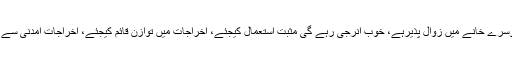
سیارہ عطارد دوسرے خانے میں زوال پذیرہے، خوب انرجی رہے گی مثبت استعمال کیجئے، اخراجات میں توازن قائم کیجئے، اخراجات آمدنی سے بڑھ سکتے ہیں۔